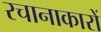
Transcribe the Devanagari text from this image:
रचानाकारों